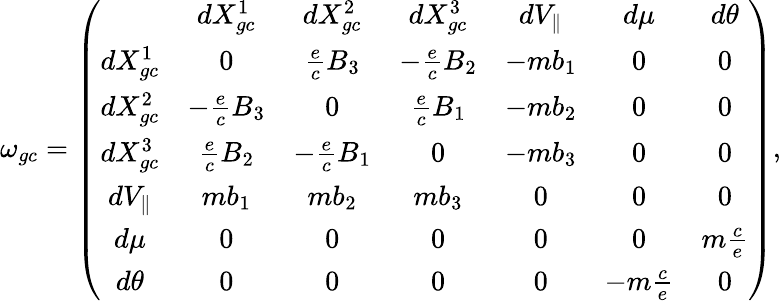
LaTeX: \omega_{gc}=\left(\begin{array}{ccccccc}&{dX_{gc}^{1}}&{dX_{gc}^{2}}&{dX_{gc}^{3}}&{dV_{\parallel}}&{d\mu}&{d\theta}\\ {dX_{gc}^{1}}&{0}&{\frac{e}{c}B_{3}}&{-\frac{e}{c}B_{2}}&{-mb_{1}}&{0}&{0}\\ {dX_{gc}^{2}}&{-\frac{e}{c}B_{3}}&{0}&{\frac{e}{c}B_{1}}&{-mb_{2}}&{0}&{0}\\ {dX_{gc}^{3}}&{\frac{e}{c}B_{2}}&{-\frac{e}{c}B_{1}}&{0}&{-mb_{3}}&{0}&{0}\\ {dV_{\parallel}}&{mb_{1}}&{mb_{2}}&{mb_{3}}&{0}&{0}&{0}\\ {d\mu}&{0}&{0}&{0}&{0}&{0}&{m\frac{c}{e}}\\ {d\theta}&{0}&{0}&{0}&{0}&{-m\frac{c}{e}}&{0}\end{array}\right),